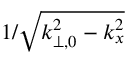
1 / \sqrt { k _ { \perp , 0 } ^ { 2 } - k _ { x } ^ { 2 } }